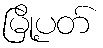
မြို့ပတ်